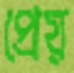
প্রেয়